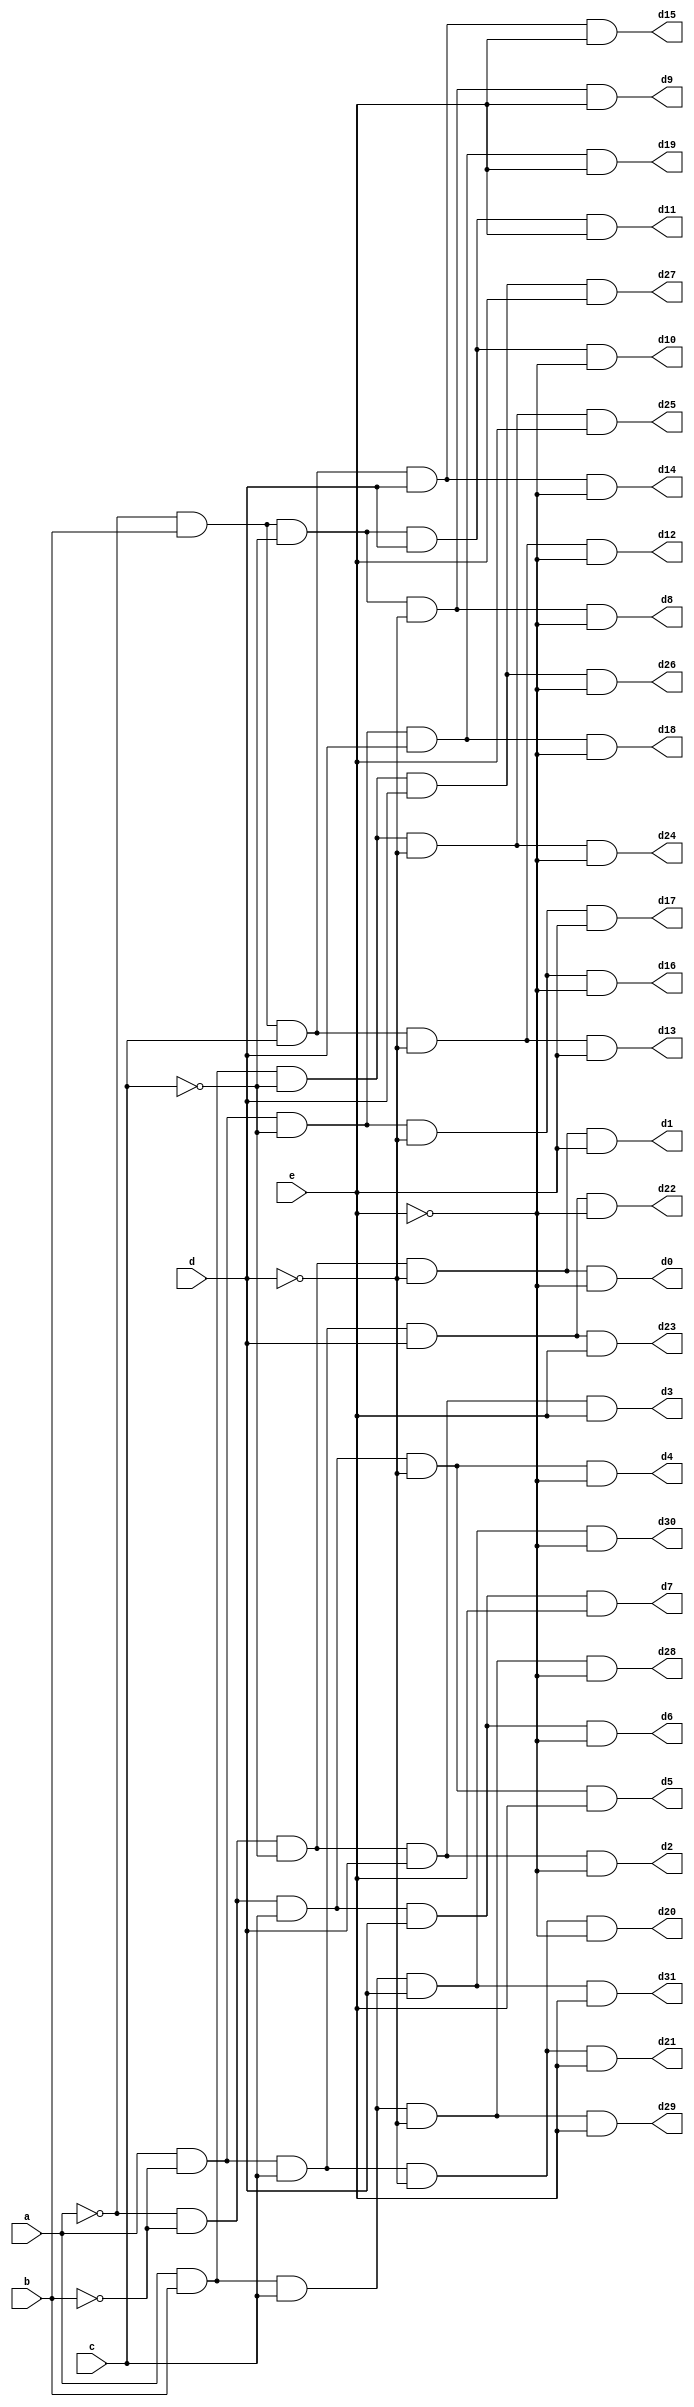
module decoder5x32(a,b,c,d,e,d0,d1,d2,d3,d4,d5,d6,d7,
d8,d9,d10,d11,d12,d13,d14,d15,
d16,d17,d18,d19,d20,d21,d22,d23,
d24,d25,d26,d27,d28,d29,d30,d31);

input a,b,c,d,e;
output d0,d1,d2,d3,d4,d5,d6,d7,
d8,d9,d10,d11,d12,d13,d14,d15,
d16,d17,d18,d19,d20,d21,d22,d23,
d24,d25,d26,d27,d28,d29,d30,d31;

assign d0= ~a&~b&~c&~d&~e;
assign d1= ~a&~b&~c&~d&e;
assign d2= ~a&~b&~c&d&~e;
assign d3= ~a&~b&~c&d&e;
assign d4= ~a&~b&c&~d&~e;
assign d5= ~a&~b&c&~d&e;
assign d6= ~a&~b&c&d&~e;
assign d7= ~a&~b&c&d&e;
assign d8= ~a&b&~c&~d&~e;
assign d9= ~a&b&~c&~d&e;
assign d10= ~a&b&~c&d&~e;
assign d11= ~a&b&~c&d&e;
assign d12= ~a&b&c&~d&~e;
assign d13= ~a&b&c&~d&e;
assign d14= ~a&b&c&d&~e;
assign d15= ~a&b&c&d&e;
assign d16= a&~b&~c&~d&~e;
assign d17= a&~b&~c&~d&e;
assign d18= a&~b&~c&d&~e;
assign d19= a&~b&~c&d&e;
assign d20= a&~b&c&~d&~e;
assign d21= a&~b&c&~d&e;
assign d22= a&~b&c&d&~e;
assign d23= a&~b&c&d&e;
assign d24= a&b&~c&~d&~e;
assign d25= a&b&~c&~d&e;
assign d26= a&b&~c&d&~e;
assign d27= a&b&~c&d&e;
assign d28= a&b&c&~d&~e;
assign d29= a&b&c&~d&e;
assign d30= a&b&c&d&~e;
assign d31= a&b&c&d&e;

endmodule

module testbench;
reg x,y,a,b,c,d,e;
wire d0,d1,d2,d3,d4,d5,d6,d7;
initial begin
$display("x y a b c d e | d0 d1 d2 d3 d4 d5 d6 d7 d8 d9 d10 d11 d12 d13 d14 d15",
        " d16 d17 d18 d19 d20 d21 d22 d23 d24 d25 d26 d27 d28 d29 d30 d31");
x = 1'b0; y = 1'b0;
a = 1'b0; b = 1'b0; c = 1'b0; d = 1'b0; e = 1'b0;
#31 $finish;
end
always #16 x = ~x;
always #8 y = ~y;
always #16 a = ~a;
always #8 b = ~b;
always #4 c = ~c;
always #2 d = ~d;
always #1 e = ~e;

decoder5x32 U1(a,b,c,d,e,d0,d1,d2,d3,d4,d5,d6,d7
,d8,d9,d10,d11,d12,d13,d14,d15,
d16,d17,d18,d19,d20,d21,d22,d23,
d24,d25,d26,d27,d28,d29,d30,d31);
initial
$monitor("%b %b %b %b %b %b %b | %b %b %b %b %b %b %b %b %b %b %b %b %b %b %b %b %b %b %b %b %b %b %b %b %b %b %b %b %b %b %b %b",
 x,y,a,b,c,d,e,d0,d1,d2,d3,d4
,d5,d6,d7, d8,d9,d10,d11,d12,d13,d14,d15,
d16,d17,d18,d19,d20,d21,d22,d23,
d24,d25,d26,d27,d28,d29,d30,d31);
endmodule